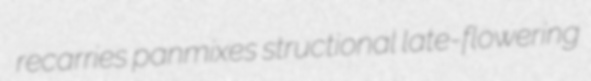
recarries panmixes structional late-flowering